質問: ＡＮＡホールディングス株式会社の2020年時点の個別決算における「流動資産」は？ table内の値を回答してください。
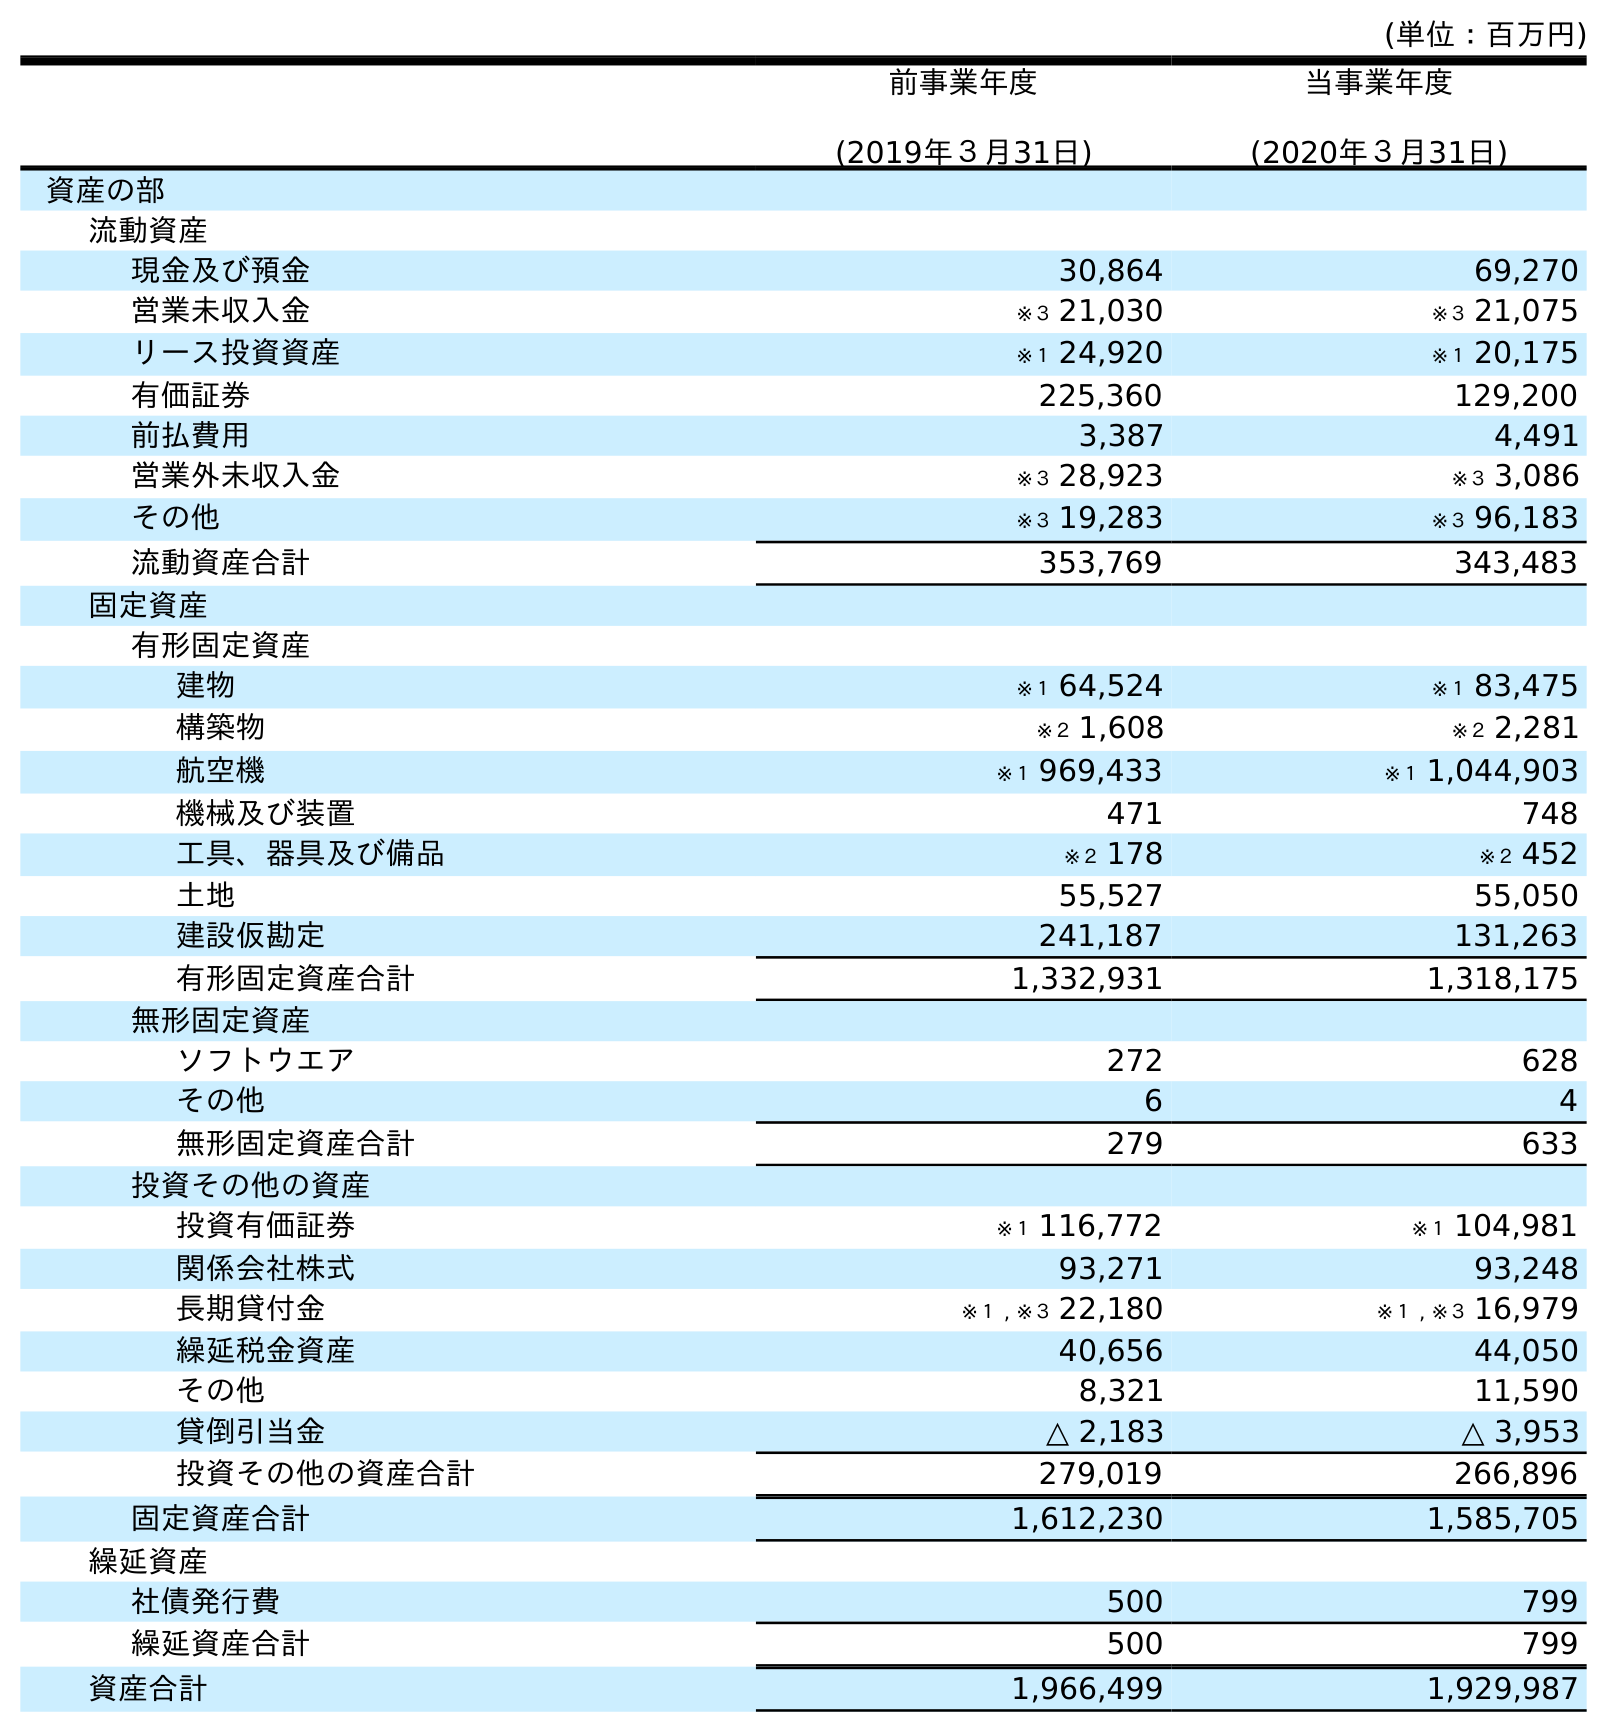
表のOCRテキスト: (単位：百万円) 前事業年度 (2019年３月31日) 当事業年度 (2020年３月31日) 資産の部 流動資産 現金及び預金 30,864 69,270 営業未収入金 ※３ 21,030 ※３ 21,075 リース投資資産 ※１ 24,920 ※１ 20,175 有価証券 225,360 129,200 前払費用 3,387 4,491 営業外未収入金 ※３ 28,923 ※３ 3,086 その他 ※３ 19,283 ※３ 96,183 流動資産合計 353,769 343,483 固定資産 有形固定資産 建物 ※１ 64,524 ※１ 83,475 構築物 ※２ 1,608 ※２ 2,281 航空機 ※１ 969,433 ※１ 1,044,903 機械及び装置 471 748 工具、器具及び備品 ※２ 178 ※２ 452 土地 55,527 55,050 建設仮勘定 241,187 131,263 有形固定資産合計 1,332,931 1,318,175 無形固定資産 ソフトウエア 272 628 その他 6 4 無形固定資産合計 279 633 投資その他の資産 投資有価証券 ※１ 116,772 ※１ 104,981 関係会社株式 93,271 93,248 長期貸付金 ※１ , ※３ 22,180 ※１ , ※３ 16,979 繰延税金資産 40,656 44,050 その他 8,321 11,590 貸倒引当金 △ 2,183 △ 3,953 投資その他の資産合計 279,019 266,896 固定資産合計 1,612,230 1,585,705 繰延資産 社債発行費 500 799 繰延資産合計 500 799 資産合計 1,966,499 1,929,987
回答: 343,483